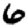
Digit: 6